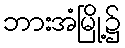
ဘားအံမြို့၌